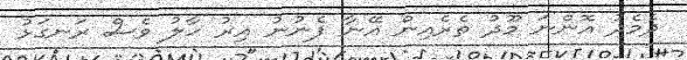
ދެމެދު އޮންނަ މޫދު ތެރެއިން އޭނާ ފެނުނު އިރު ހާލު ވެސް ރަނގަޅު